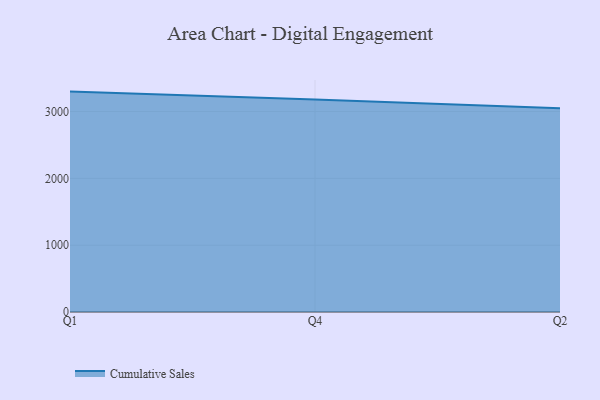
{"axis": {"x": "Quarter", "y": "Website Visitors"}, "legend": ["Cumulative Sales"], "data": [{"x": "Q1", "y": 3298.5, "type": "Cumulative Sales"}, {"x": "Q4", "y": 3179.5, "type": "Cumulative Sales"}, {"x": "Q2", "y": 3048.9, "type": "Cumulative Sales"}]}